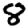
Digit: 8